King Institute of Preventive Medicine Micro-Biological Section reports 1909-11
Year: 1909
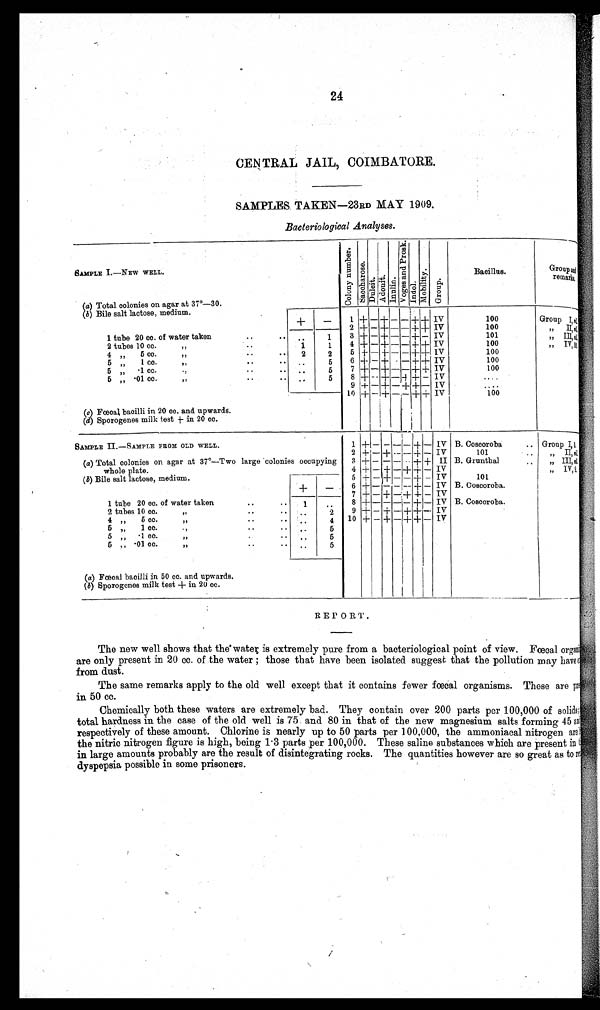
24
CENTRAL JAIL, COIMBATORE.
SAMPLES TAKEN—23RD MAY 1909.
Bacteriological Analyses.
SAMPLE I.—NEW WELL.
C o l o n y n u m b e r .
S a c c h a r o s e .
D u l c i t . Adonit. I n u l i n .
V o g e s a n d P r o s k .
I n d o l .
M o b i l i t y .
G r o u p .
Bacillus.
Group and
remarks.
(a) Total colonies on agar at 37°—30.
(b ) Bile salt lactose, medium.
,
+
—
1 +
—
+
— —
+ + IV
100
Group I, nil
2 + —
+
—
— + + IV
100
II, n i 1
1 tube 20 cc. of water taken
..
.. ..
1
3 +
—
+
— —
+
—
IV
101
" III, nil
2 tubes 10 cc. ,,
. .
1
1
4 + — +
—
— + + IV
100
,, IV, n i l
4 " 5 cc. " .. . .
2
2
5 + — + — — + + IV
100
5 „ 1 cc. "
. .
. .
5
6 + — +
—
— + + IV
100
5 " .1 cc. ". . ..
5
7 +
—
+
— —
+ + IV
100
5 „ .01 cc. "
..
..
5
8 +
—
+
—
+ + — IV
....
9 + — +
—
+ + — IV
....
10 + — + —
—
+ + IV
100
(c) Fœcal bacilli in 20 cc. and upwards.
(d) Sporogenes milk test + in 20 cc.
SAMPLE II.—SAMPLE FROM OLD WELL.
1 +
—
— — — + — IV B. Coscoroba .. Group I,
nil
.
2 +
—
+
—
— + — IV
101
„ II, nil
(a) Total colonies on agar at 37°—Two large colonies occupying
w h o l e p l a t e .
3 + — —
—
- + + II B. Grunthal
..
„ III, n i l
4 + — +
—
+ + — IV
" IV,
nil
(b) Bile salt lactose, medium.
5 + — + — — + — IV
101
+
—
6 + — — —
—
+ — IV B. Coscoroba.
7 +
—
+
—
+ + — IV
1 tube 20 cc. of water taken .
1
..
8 + — — — — + — IV B. Coscoroba.
2 tubes 10 cc. "
..
..
2
9 + — + — + + — IV
4 „ 5 cc. "
..
.. ..
4 10 + — + — + + — IV
5 „ 1 cc. " .. ..
..
5
5 „ .1 cc. " ..
..
5
5 " .01 cc. ,,
..
5
..
..
5
(a) Fœcal bacilli in 50 cc. and upwards.
( b) Sporogenes milk test + in 20 cc.
REPORT.
The new well shows that the water is extremely pure from a bacteriological point of view. Fœcal organ
are only present in 20 cc. of the water ; those that have been isolated suggest that the pollution may have
from dust.
The same remarks apply to the old well except that it contains fewer fœcal organisms. These are p
in 50 cc.
Chemically both these waters are extremely bad. They contain over 200 parts per 100,000 of solids;
total hardness in the case of the old well is 75 and 80 in that of the new magnesium salts forming 45 and
respectively of these amount. Chlorine is nearly up to 50 parts per 100,000, the ammoniacal nitrogen are
the nitric nitrogen figure is high, being 1.3 parts per 100,000. These saline substances which are present in
in large amounts probably are the result of disintegrating rocks. The quantities however are so great as to
dyspepsia possible in some prisoners.